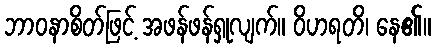
ဘာဝနာစိတ်ဖြင့် အဖန်ဖန်ရှုလျက်။ ဝိဟရတိ၊ နေ၏။